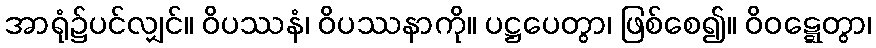
အာရုံ၌ပင်လျှင်။ ဝိပဿနံ၊ ဝိပဿနာကို။ ပဋ္ဌပေတွာ၊ ဖြစ်စေ၍။ ဝိဝဋ္ဋေတွာ၊